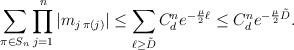
LaTeX: \begin{align*}\sum_{\pi\in S_n} \prod_{j=1}^n |m_{j\, \pi(j)}| \leq \sum_{\ell\geq \tilde{D}} C_d^n e^{-\frac{\mu}{2}\ell}\leq C_d^n e^{-\frac{\mu}{2}\tilde{D}}.\end{align*}